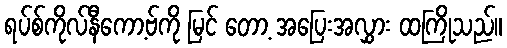
ရပ်စ်ကိုလ်နီကော့ဗ်ကို မြင် တော့ အပြေးအလွှား ထကြိုသည်။